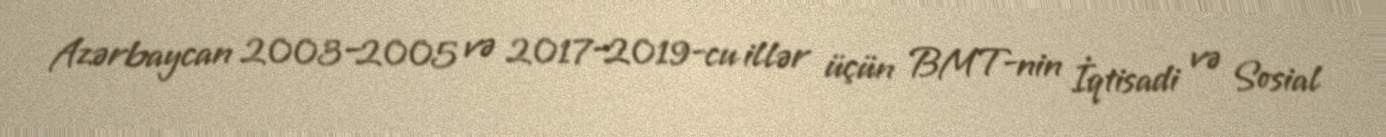
Azərbaycan 2003–2005 və 2017–2019-cu illər üçün BMT-nin İqtisadi və Sosial